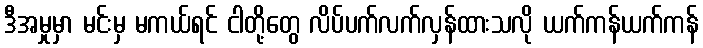
ဒီအမှုမှာ မင်းမှ မကယ်ရင် ငါတို့တွေ လိပ်ပက်လက်လှန်ထားသလို ယက်ကန်ယက်ကန်